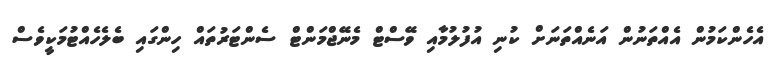
އެހެންކަމުން އެއްތަނުން އަނެއްތަނަށް ކުނި އުފުލުމާއި ވޭސްޓް މެނޭޖްމަންޓް ސެންޓަރުތައް ހިންގައި ބެލެހެެއްޓުމަކީވެސް